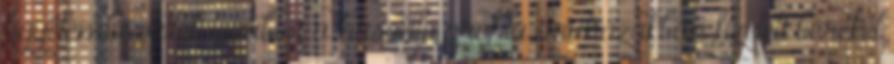
figyelembe vették továbbá a hasonló profilú áruházakban fizetett béreket